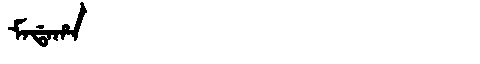
Manchu: ᠮᠠᡩᠠᡥᠠ
Romanization: MADAHA